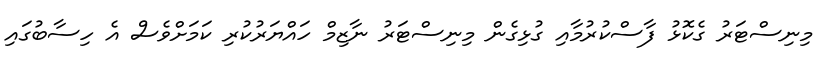
މިނިސްޓަރު ގެކޮޅު ފާސްކުރުމާއި ގުޅިގެން މިނިސްޓަރު ނާޒިމް ހައްޔަރުކުރި ކަމަށްވެސް އެ ހިސާބުގައި